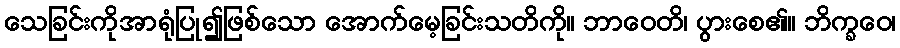
သေခြင်းကိုအာရုံပြု၍ဖြစ်သော အောက်မေ့ခြင်းသတိကို။ ဘာဝေတိ၊ ပွားစေ၏။ ဘိက္ခဝေ၊